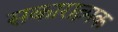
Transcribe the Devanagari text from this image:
सकारात्न्मक